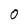
Character: 0